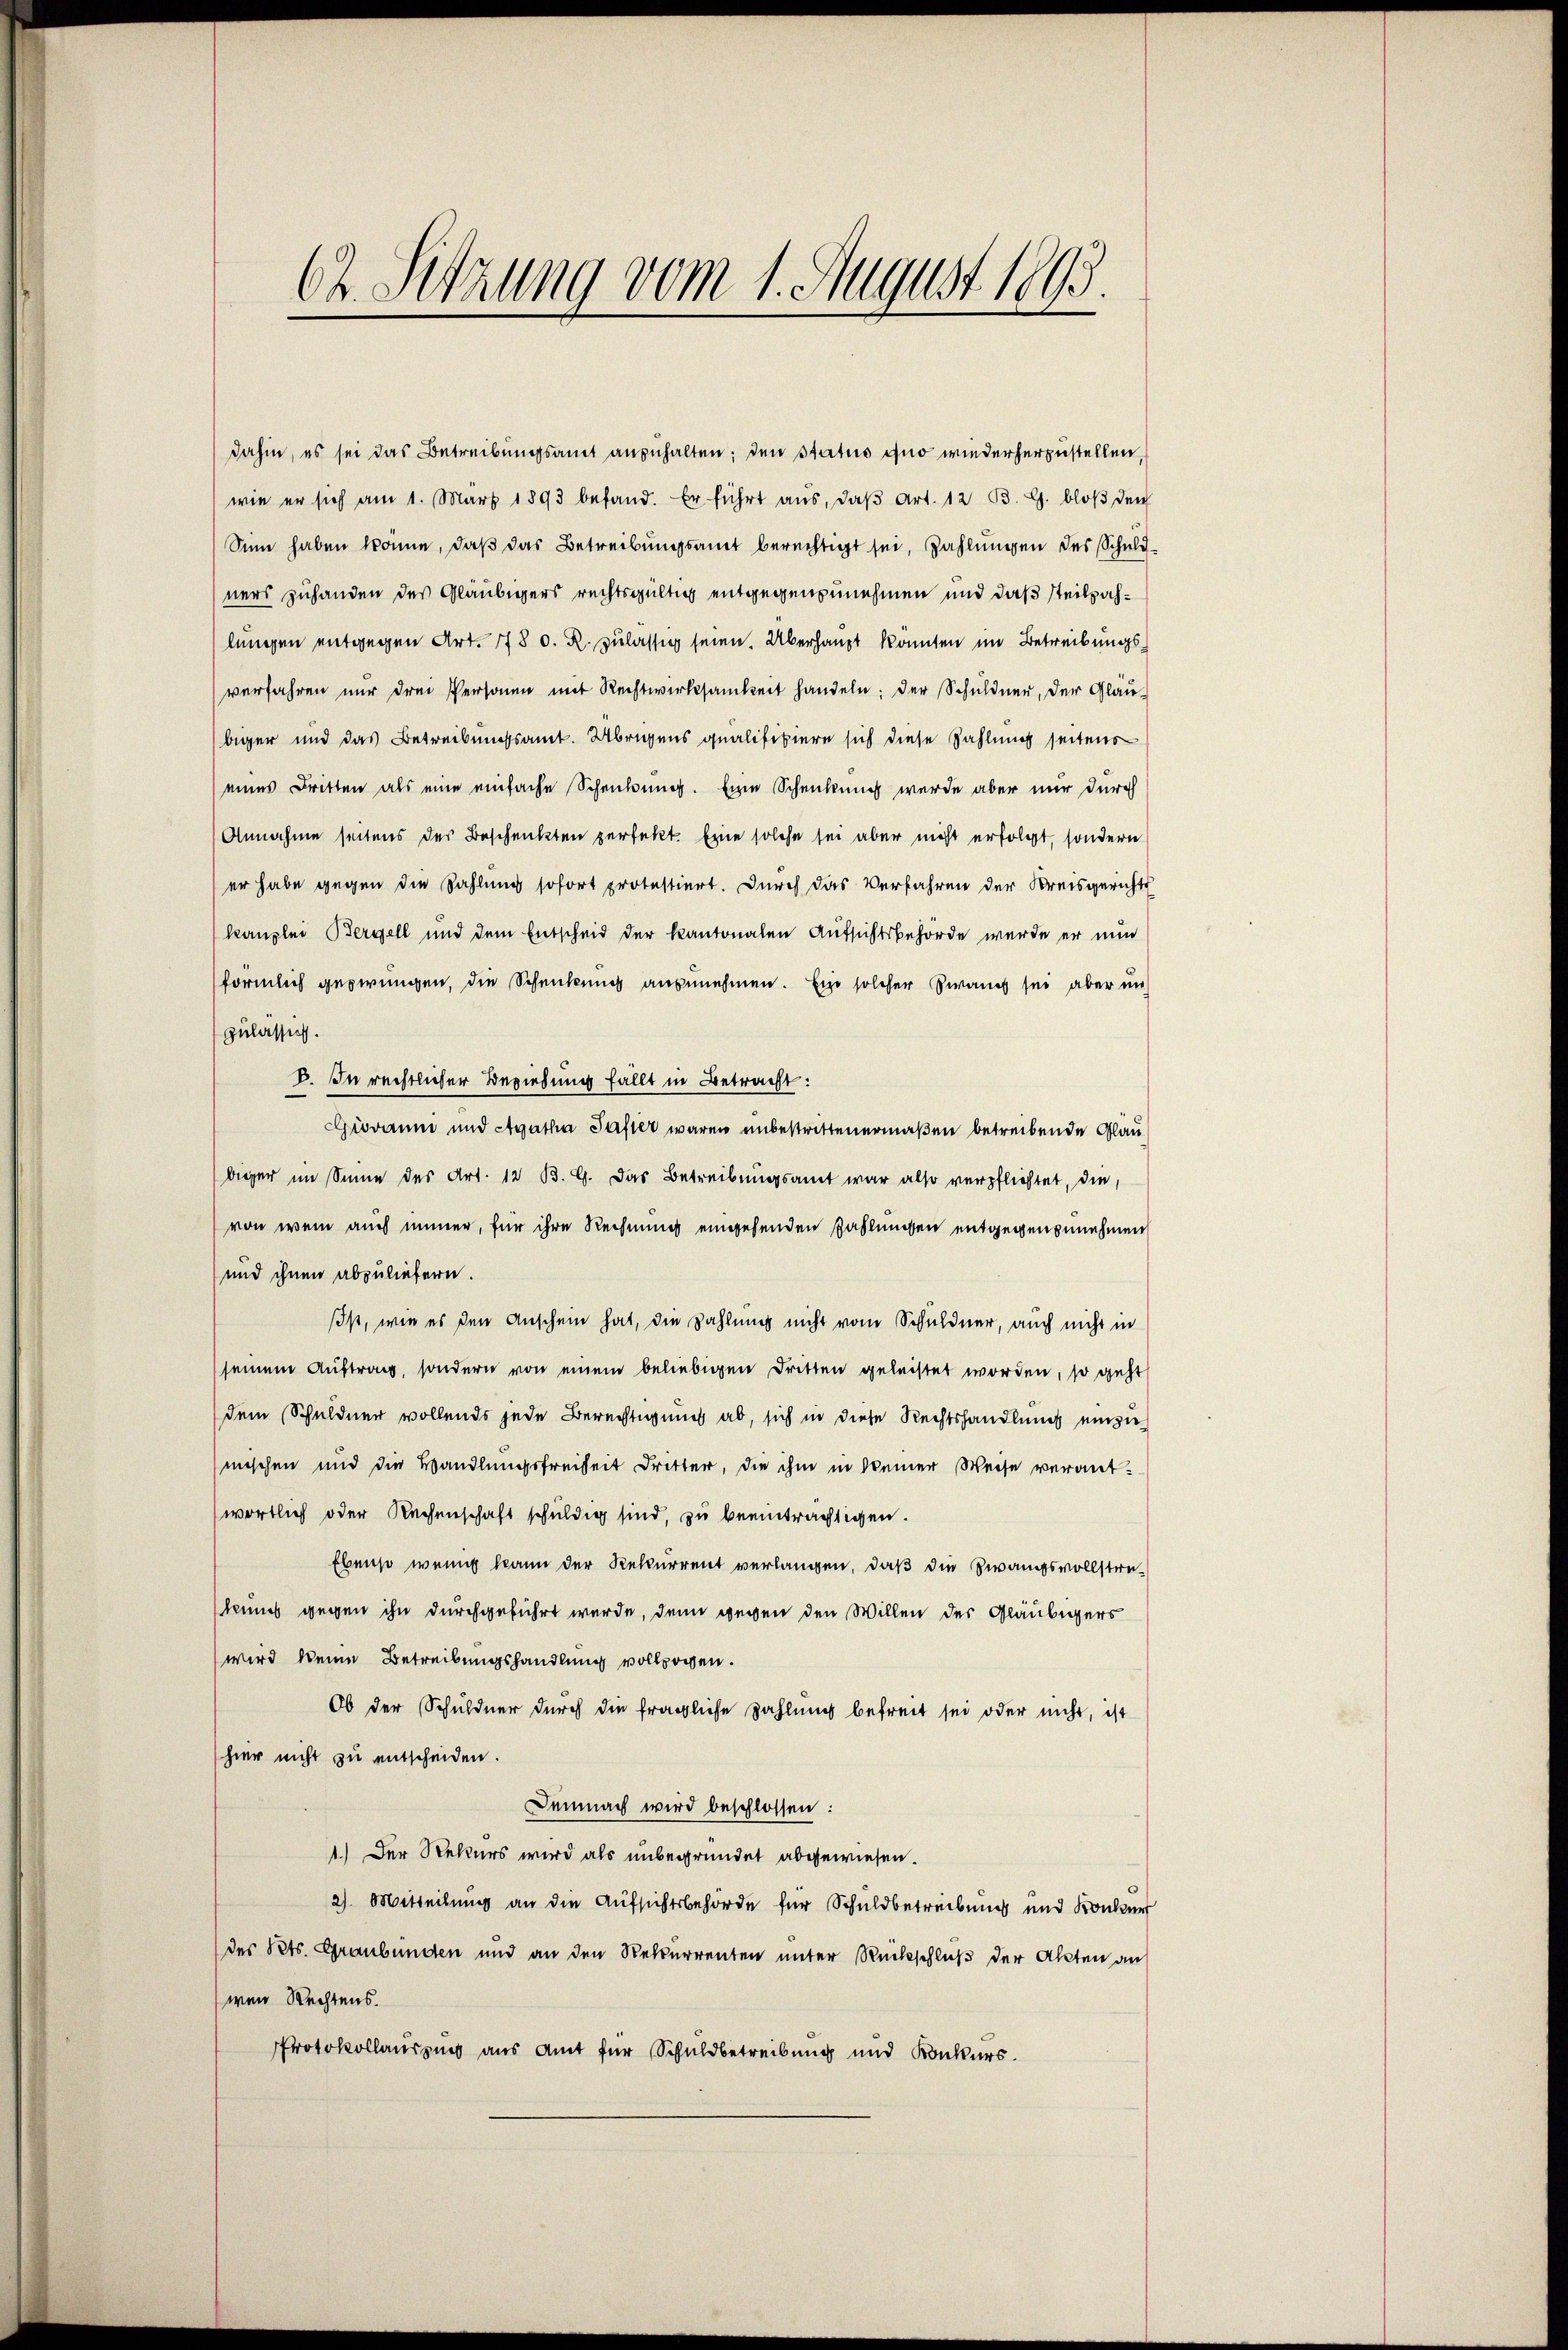
62. Sitzung vom 1. August 1893.

dahin, es sei das Betreibungsamt anzuhalten; den Status quo wiederherzustellen,
wie er sich am 1. März 1893 befand. Er führt aŭs, daβ Art. 12 B. G. bloβ den
Sinn haben könne, daß das Betreibungsamt berechtigt sei, Zahlungen des Schuldners zuhanden des Gläubigers rechtsgültig entgegenzunehmen und daß steilzahlungen entgegen Art. 778 d. R. zulässig seien. Überhaupt konnten im Betreibungsverfahren nur drei Personen mit Rechtwirksamkeit handeln; der Schuldner, der Gläu-
biger und das Betreibungsamt. Übrigens qualifiziere sich diese Zahlung seitens
eines Britten als eine einfache Schenkung. Eine Schenkung wurde aber nur durch
Annahme seitens der Beschenkten perfekt. Eine solche sei aber nicht erfolgt, sondern
er habe gegen die Zahlung sofort protestiert. Durch das Verfahren der Kreisgerichts
kanzlei Bergell und dem Entscheid der kantonalen Aufsichtsbehörde wurde er nun
förmlich gezwungen, die Schenkung anzunehmen. Ein solcher Zwangs sei aber un
zulassen.
B. In rechtlicher Beziehung fällt in Betracht:
Giovaum und Agatha Pasier waren unbestrittenermaßen betreibende Glaubiger im Sinne des Art. 12 B. G. das Betreibungsamt war also verpflichtet, die,
von wem auch immer, für ihre Rechnung eingehenden Zahlungen entgegenzunehmen
und ihnen abzuliefern.
ss, wie es den Anschein hat, die Zahlung nicht vom Schuldner, auch nicht in
seinem Auftrag, sondern von einem beliebigen Dritten geleistet worden, so geht
dem Schuldner vollends jede Berechtigung ab, sich in diese Rechtshandlung einzumischen und die Handlungsfreiheit dritter, die ihm in keiner Weise verantwortlich oder Rechenschaft schuldig sind, zu beeinträchtigen.
Ebenso wenig kann der Rekurrent verlangen, daß die Zwangsvollstrakeines gegen ihn durchgeführt werde, denn gegen den Willen der Gläubigers
wird keine Betreibungshandlung vollzogen.
Ob der Schuldner durch die fragliche Zahlung befreit sei oder nicht, ist
hier nicht zu entscheiden.
Demnach wird beschlossen:
1.) Der Rekurs wird als unbegründet abgewiesen.
2) Mitteilung an die Aufsichtsbehörde für Schuldbetreibung und Konkur
(des Rets. Graubünden und an den Rekurrenten unter Rückschluß der Akten an
wenn Rechtens.
Protokollausung aus Amt für Schuldbetreibung und Konkurs.